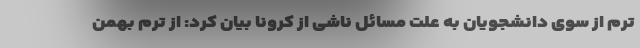
ترم از سوی دانشجویان به علت مسائل ناشی از کرونا بیان کرد: از ترم بهمن